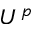
U ^ { p }